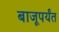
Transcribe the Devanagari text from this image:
बाजूपर्यंत